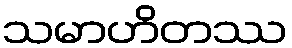
သမာဟိတဿ